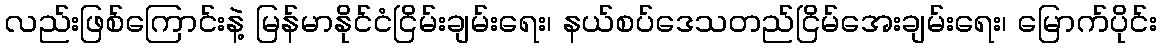
လည်းဖြစ်ကြောင်းနဲ့ မြန်မာနိုင်ငံငြိမ်းချမ်းရေး၊ နယ်စပ်ဒေသတည်ငြိမ်အေးချမ်းရေး၊ မြောက်ပိုင်း